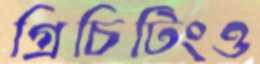
গ্রিচিটিংও